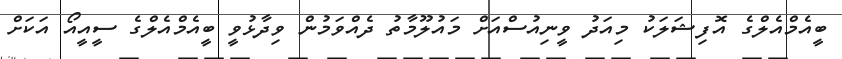
ބީއެމްއެލްގެ އޮފިޝަލަކު މިއަދު ވީނިއުސްއަށް މައުލޫމާތު ދެއްވަމުން ވިދާޅުވީ ބީއެމްއެލްގެ ސީއީއޯ އަކަށް